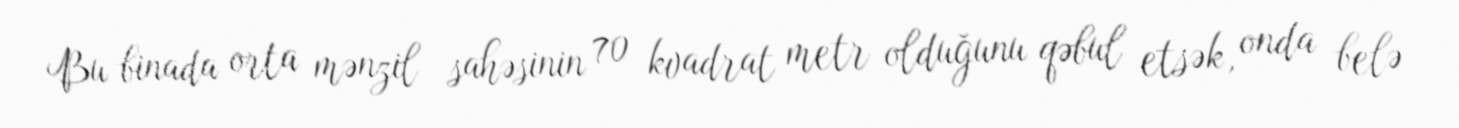
Bu binada orta mənzil sahəsinin 70 kvadrat metr olduğunu qəbul etsək, onda belə